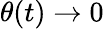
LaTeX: \theta(t)\rightarrow 0